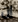
إن